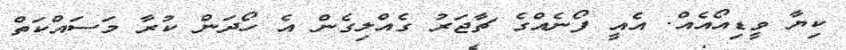
ކިޔާ ވީޑިއޯއެއް. އެއީ ފޯނެއްގެ ޗާޖަރު ގެއްލިގެން އެ ހޯދަން ކުރާ މަސައްކަތް